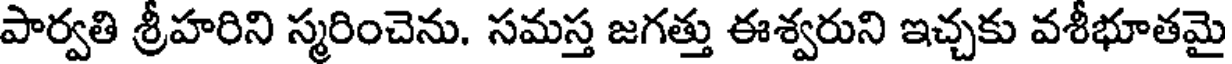
పార్వతి శ్రీహరిని స్మరించెను. సమస్త జగత్తు ఈశ్వరుని ఇచ్చకు వశీభూతమై